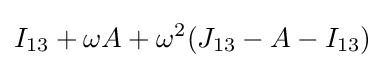
I_{13}+\omega A+\omega ^{2}(J_{13}-A-I_{13})